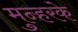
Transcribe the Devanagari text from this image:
मुन्हरके